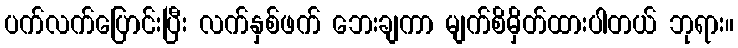
ပက်လက်ပြောင်းပြီး လက်နှစ်ဖက် ဘေးချကာ မျက်စိမှိတ်ထားပါတယ် ဘုရား။